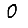
Digit: 0